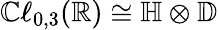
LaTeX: \mathbb{C}\ell_{0,3}(\mathbb{{R}})\cong\mathbb{{H}}\otimes\mathbb{{D}}